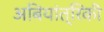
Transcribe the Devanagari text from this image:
अबियांत्रिकी